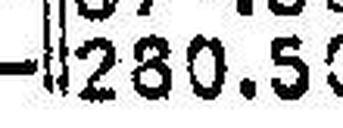
280.50